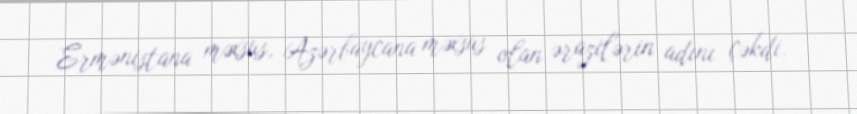
Ermənistana məxsus, Azərbaycana məxsus olan ərazilərin adını çəkdi.